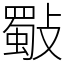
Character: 斀